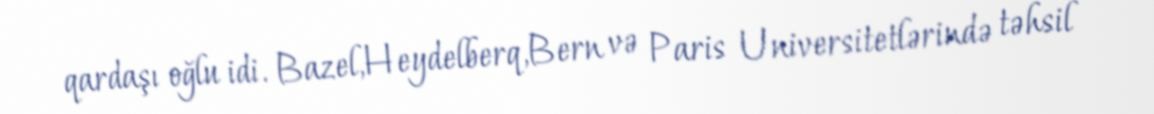
qardaşı oğlu idi. Bazel,Heydelberq,Bern və Paris Universitetlərində təhsil